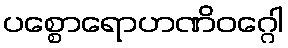
ပစ္စောရောဟဏိဝဂ္ဂေါ